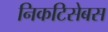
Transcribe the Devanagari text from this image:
निकटिसेबस